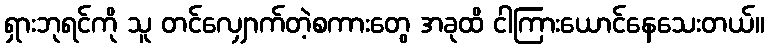
ရှားဘုရင်ကို သူ တင်လျှောက်တဲ့စကားတွေ အခုထိ ငါကြားယောင်နေသေးတယ်။